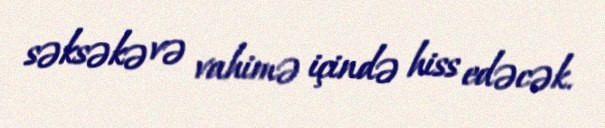
səksəkə və vahimə içində hiss edəcək.